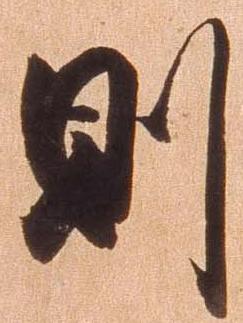
則